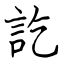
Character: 訖